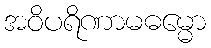
အဝိပရိဏာမဓမ္မော